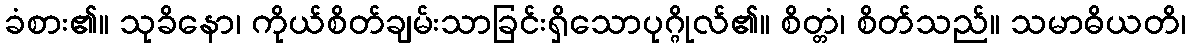
ခံစား၏။ သုခိနော၊ ကိုယ်စိတ်ချမ်းသာခြင်းရှိသောပုဂ္ဂိုလ်၏။ စိတ္တံ၊ စိတ်သည်။ သမာဓိယတိ၊